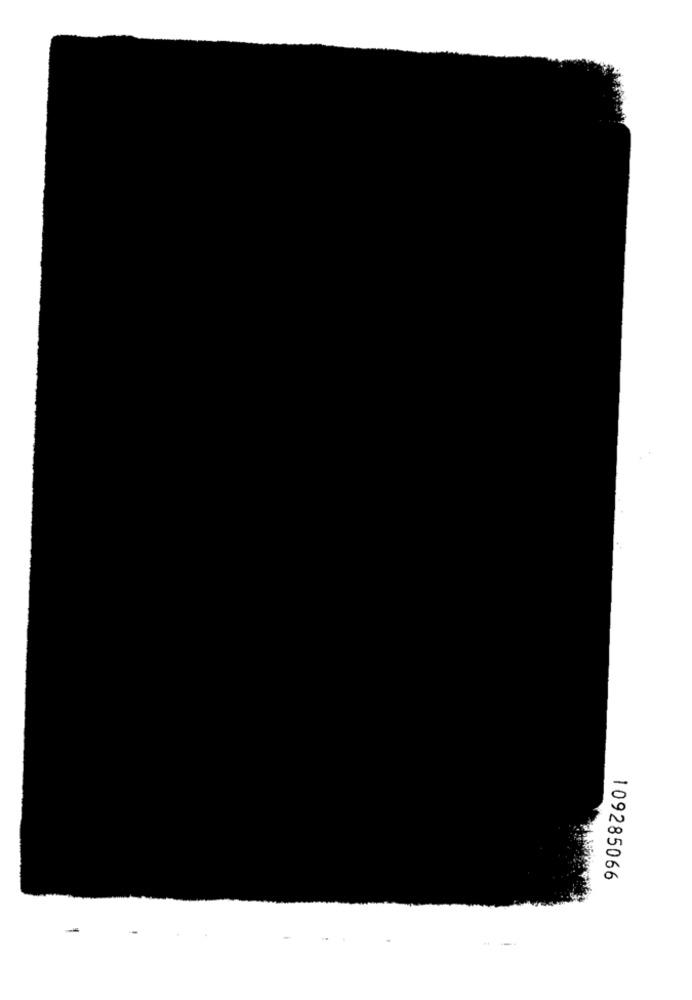
109285066